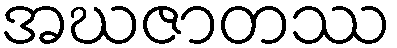
အဃဇာတဿ